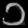
Digit: ၁